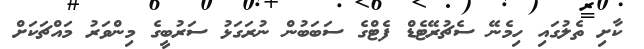
ކާށި ތެލުގައި ހިމެނޭ ސެޗުރޭޓެޑް ފެޓްގެ ސަބަބުން ނުރަގަޅު ސަރުބީގެ މިންވަރު މައްޗަކަށް